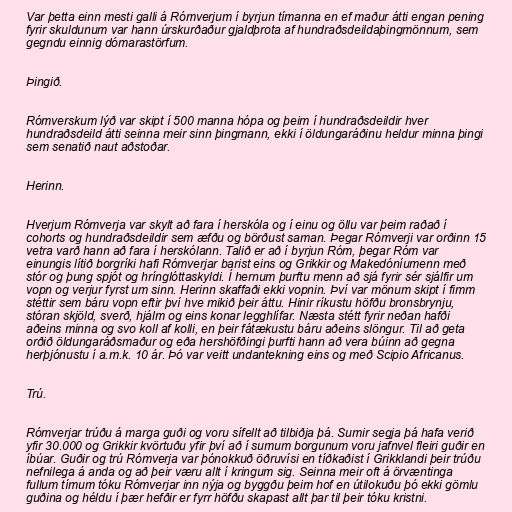
Var þetta einn mesti galli á Rómverjum í byrjun tímanna en ef maður átti engan pening
fyrir skuldunum var hann úrskurðaður gjaldþrota af hundraðsdeildaþingmönnum, sem
gegndu einnig dómarastörfum.

Þingið.

Rómverskum lýð var skipt í 500 manna hópa og þeim í hundraðsdeildir hver
hundraðsdeild átti seinna meir sinn þingmann, ekki í öldungaráðinu heldur minna þingi
sem senatið naut aðstoðar.

Herinn.

Hverjum Rómverja var skylt að fara í herskóla og í einu og öllu var þeim raðað í
cohorts og hundraðsdeildir sem æfðu og börðust saman. Þegar Rómverji var orðinn 15
vetra varð hann að fara í herskólann. Talið er að í byrjun Róm, þegar Róm var
einungis lítið borgríki hafi Rómverjar barist eins og Grikkir og Makedóníumenn með
stór og þung spjót og hrínglóttaskyldi. Í hernum þurftu menn að sjá fyrir sér sjálfir um
vopn og verjur fyrst um sinn. Herinn skaffaði ekki vopnin. Því var mönum skipt í fimm
stéttir sem báru vopn eftir því hve mikið þeir áttu. Hinir ríkustu höfðu bronsbrynju,
stóran skjöld, sverð, hjálm og eins konar legghlífar. Næsta stétt fyrir neðan hafði
aðeins minna og svo koll af kolli, en þeir fátækustu báru aðeins slöngur. Til að geta
orðið öldungaráðsmaður og eða hershöfðingi þurfti hann að vera búinn að gegna
herþjónustu í a.m.k. 10 ár. Þó var veitt undantekning eins og með Scipio Africanus.

Trú.

Rómverjar trúðu á marga guði og voru sífellt að tilbiðja þá. Sumir segja þá hafa verið
yfir 30.000 og Grikkir kvörtuðu yfir því að í sumum borgunum voru jafnvel fleiri guðir en
íbúar. Guðir og trú Rómverja var þónokkuð öðruvísi en tíðkaðist í Grikklandi þeir trúðu
nefnilega á anda og að þeir væru allt í kringum sig. Seinna meir oft á örvæntinga
fullum tímum tóku Rómverjar inn nýja og byggðu þeim hof en útilokuðu þó ekki gömlu
guðina og héldu í þær hefðir er fyrr höfðu skapast allt þar til þeir tóku kristni.